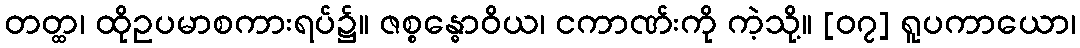
တတ္ထ၊ ထိုဥပမာစကားရပ်၌။ ဇစ္စန္ဓောဝိယ၊ ငကာဏ်းကို ကဲ့သို့။ [၀၇] ရူပကာယော၊